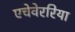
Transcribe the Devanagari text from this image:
एचेवेररिया